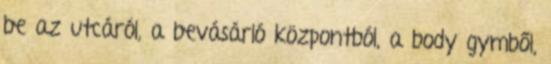
be az utcáról, a bevásárló központból, a body gymből,